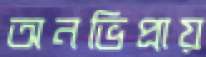
অনভিপ্রায়